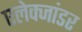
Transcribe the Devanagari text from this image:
एलेक्जांडर